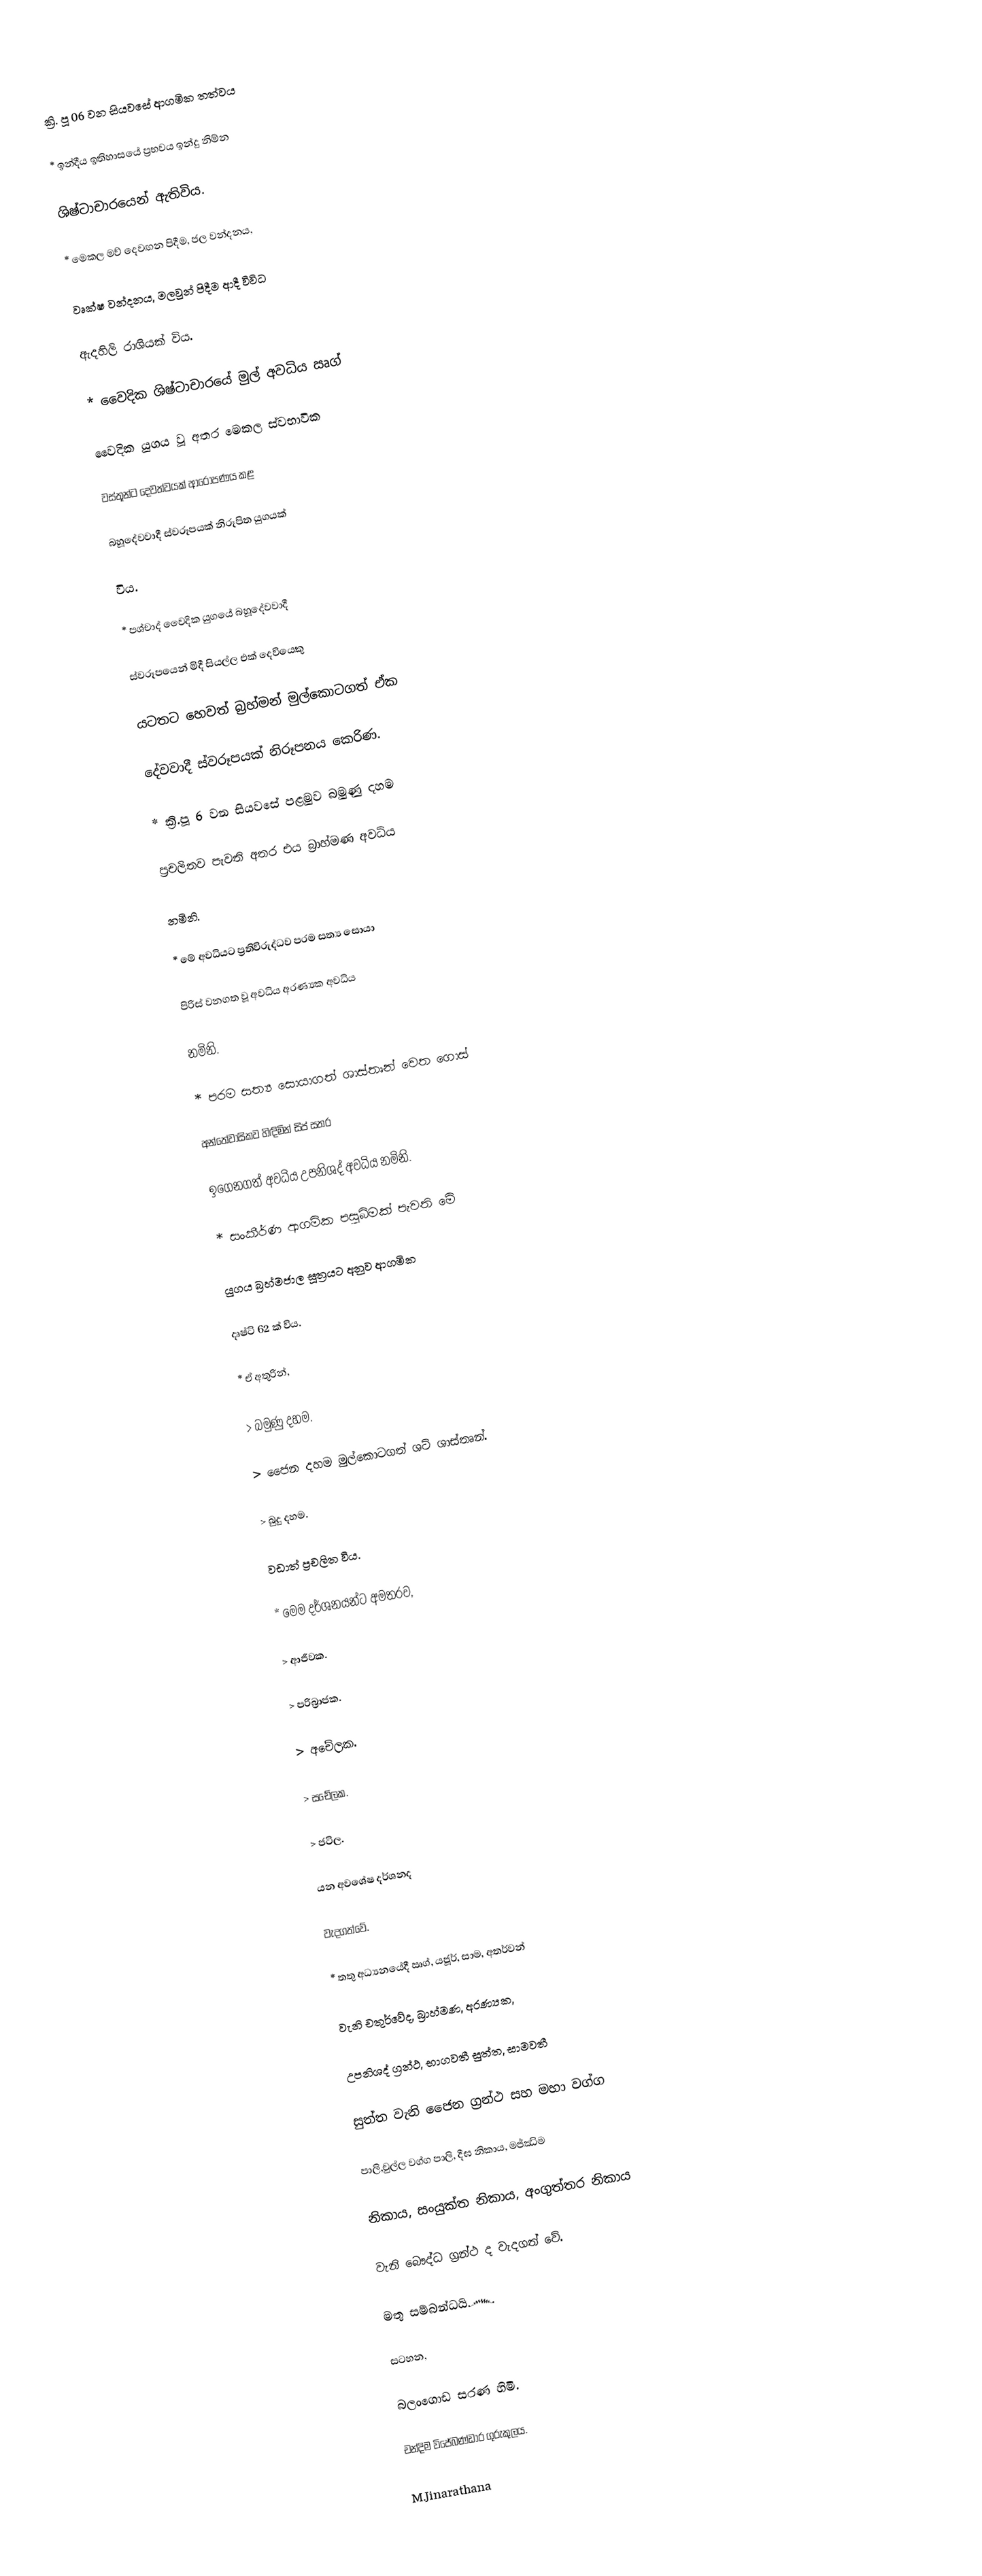
ක්‍රි. පූ 06 වන සියවසේ ආගමික තත්වය

* ඉන්දීය ඉතිහාසයේ ප්‍රභවය ඉන්දු නිම්න

ශිෂ්ටාචාරයෙන් ඇතිවිය.

* මෙකල මව් දෙවඟන පිදීම, ජල වන්දනය,

වෘක්ෂ වන්දනය, මලවුන් පිදීම ආදී විවිධ

ඇදහිලි රාශියක් විය.

* වෛදික ශිෂ්ටාචාරයේ මුල් අවධිය ඍග්

වෛදික යුගය වූ අතර මෙකල ස්වභාවික

වස්තූන්ට දෙවත්වයක් ආරෝපණය කළ

බහූදේවවාදී ස්වරූපයක් නිරූපිත යුගයක්

විය.

* පශ්චාද් වෛදික යුගයේ බහූදේවවාදී

ස්වරූපයෙන් මිදී සියල්ල එක් දෙවියෙකු

යටතට හෙවත් බ්‍රහ්මන් මුල්කොටගත් ඒක

දේවවාදී ස්වරූපයක් නිරූපනය කෙරිණ.

* ක්‍රි.පූ 6 වන සියවසේ පළමුව බමුණු දහම

ප්‍රචලිතව පැවති අතර එය බ්‍රාහ්මණ අවධිය

නමිනි.

* මේ අවධියට ප්‍රතිවිරුද්ධව පරම සත්‍ය සොයා

පිරිස් වනගත වූ අවධිය අරණ්‍යක අවධිය

නමිනි.

* පරම සත්‍ය සොයාගත් ශාස්තෘන් වෙත ගොස්

අන්තේවාසිකව හිඳිමින් සිප් සතර

ඉගෙනගත් අවධිය උපනිශද් අවධිය නමිනි.

* සංකීර්ණ ආගමික පසුබිමක් පැවති මේ

යුගය බ්‍රහ්මජාල සූත්‍රයට අනුව ආගමික

දෘෂ්ටි 62 ක් විය.

* ඒ අතුරින්,

> බමුණු දහම.

> ජෛන දහම මුල්කොටගත් ශට් ශාස්තෘන්.

> බුදු දහම.

වඩාත් ප්‍රචලිත විය.

* මෙම දර්ශනයන්ට අමතරව,

> ආජීවක.

> පරිබ්‍රාජක.

> අචේලක.

> සචේලක.

> ජටිල.

යන අවශේෂ දර්ශනද

වැදගත්වේ.

* තතු අධ්‍යනයේදී ඍග්, යජූර්, සාම, අතර්වන්

වැනි චතුර්වේද, බ්‍රාහ්මණ, අරණ්‍යක,

උපනිශද් ග්‍රන්ථ, භාගවතී සුත්ත, සාමවතී

සුත්ත වැනි ජෛන ග්‍රන්ථ සහ මහා වග්ග

පාලි,චුල්ල වග්ග පාලි, දීඝ නිකාය, මජ්ඣිම

නිකාය, සංයුක්ත නිකාය, අංගුත්තර නිකාය

වැනි බෞද්ධ ග්‍රන්ථ ද වැදගත් වේ.

මතු සම්බන්ධයි෴

සටහන,

බලංගොඩ සරණ හිමි.

චන්දිම විජේබණ්ඩාර ගුරුකුලය.

M.Jinarathana